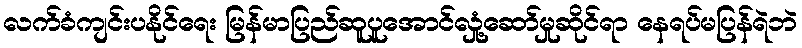
လက်ခံကျင်းပနိုင်ရေး မြန်မာပြည်ဆူပူအောင်လှုံ့ဆော်မှုဆိုင်ရာ နေရပ်မပြန်ရဲဘဲ